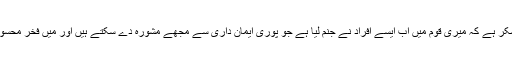
اجلاس کے اختتام پر والی صاحب نے سب کو مخاطب کرتے ہوئے فرمایا کہ مقامِ شکر ہے کہ میری قوم میں اب ایسے افراد نے جنم لیا ہے جو پوری ایمان داری سے مجھے مشورہ دے سکتے ہیں اور مَیں فخر محسوس کرتا ہوں کہ قوم کی ذمہ داری کا بوجھ مشترکہ طور پر میرے ساتھ اُٹھائیں گے۔